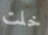
خلت